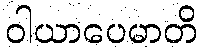
ဝါယာပေမာတိ